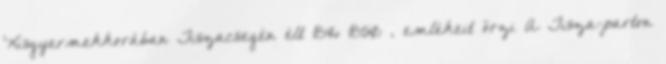
Kisgyermekkorában Tiszacsegén élt 1846–1850 , emlékeit őrzi A Tisza-parton